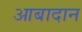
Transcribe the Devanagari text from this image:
आबादान